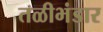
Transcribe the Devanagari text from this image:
तळीभंडार